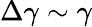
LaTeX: \Delta\gamma\sim\gamma